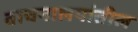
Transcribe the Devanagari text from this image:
वाचनालयांतील